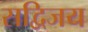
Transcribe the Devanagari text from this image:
सद्विजय